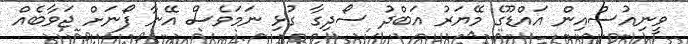
ވީނިއުސްއިން އައްޑޫގެ މޭޔަރު އަބްދު ސޯދިގާ ގުޅި ނަމަވެސް އޭނާ ފޯނަށް ޖަވާބެއް